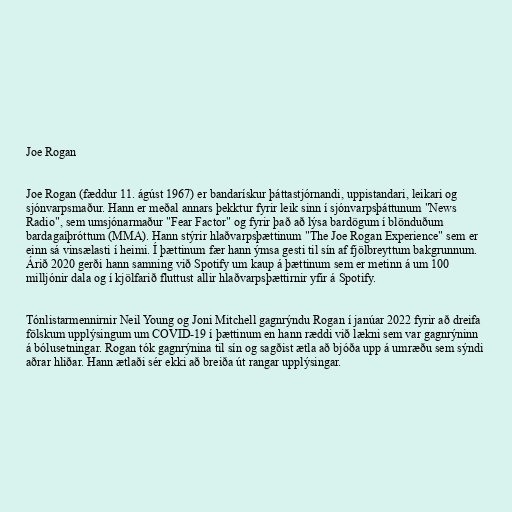
Joe Rogan

Joe Rogan (fæddur 11. ágúst 1967) er bandarískur þáttastjórnandi, uppistandari, leikari og
sjónvarpsmaður. Hann er meðal annars þekktur fyrir leik sinn í sjónvarpsþáttunum "News
Radio", sem umsjónarmaður "Fear Factor" og fyrir það að lýsa bardögum í blönduðum
bardagaíþróttum (MMA). Hann stýrir hlaðvarpsþættinum "The Joe Rogan Experience" sem er
einn sá vinsælasti í heimi. Í þættinum fær hann ýmsa gesti til sín af fjölbreyttum bakgrunnum.
Árið 2020 gerði hann samning við Spotify um kaup á þættinum sem er metinn á um 100
milljónir dala og í kjölfarið fluttust allir hlaðvarpsþættirnir yfir á Spotify.

Tónlistarmennirnir Neil Young og Joni Mitchell gagnrýndu Rogan í janúar 2022 fyrir að dreifa
fölskum upplýsingum um COVID-19 í þættinum en hann ræddi við lækni sem var gagnrýninn
á bólusetningar. Rogan tók gagnrýnina til sín og sagðist ætla að bjóða upp á umræðu sem sýndi
aðrar hliðar. Hann ætlaði sér ekki að breiða út rangar upplýsingar.